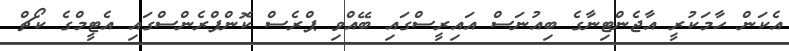
އެކަން ހާމަކުރީ އާޖެންޓިނާގެ ބިއުނަސް އައިރީސްގައި ބޭއްވި ޕްރެސް ކޮންފްރެންސްގައި އެޓީމްގެ ކޯޗް